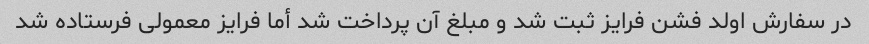
در سفارش اولد فشن فرایز ثبت شد و مبلغ آن پرداخت شد أما فرایز معمولی فرستاده شد